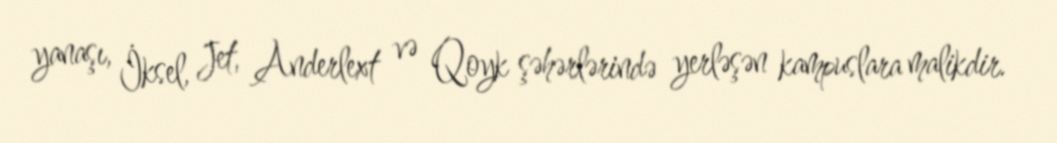
yanaşı, İksel, Jet, Anderlext və Qoyk şəhərlərində yerləşən kampuslara malikdir.